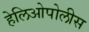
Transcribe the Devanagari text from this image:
हेलिओपोलीस